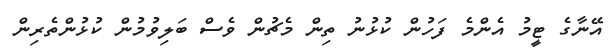
އޭނާގެ ޓީމު އެންމެ ފަހުން ކުޅުނު ތިން މެޗުން ވެސް ބަލިވުމުން ކުޅުންތެރިން